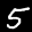
Label: 5